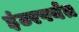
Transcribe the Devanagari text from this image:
इंटरपर्यंत